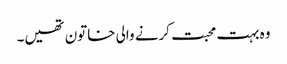
وہ بہت محبت کرنے والی خاتون تھیں۔